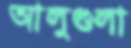
আলুগুলা